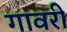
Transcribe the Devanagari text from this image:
गावरी